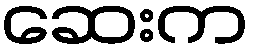
ဆေးက